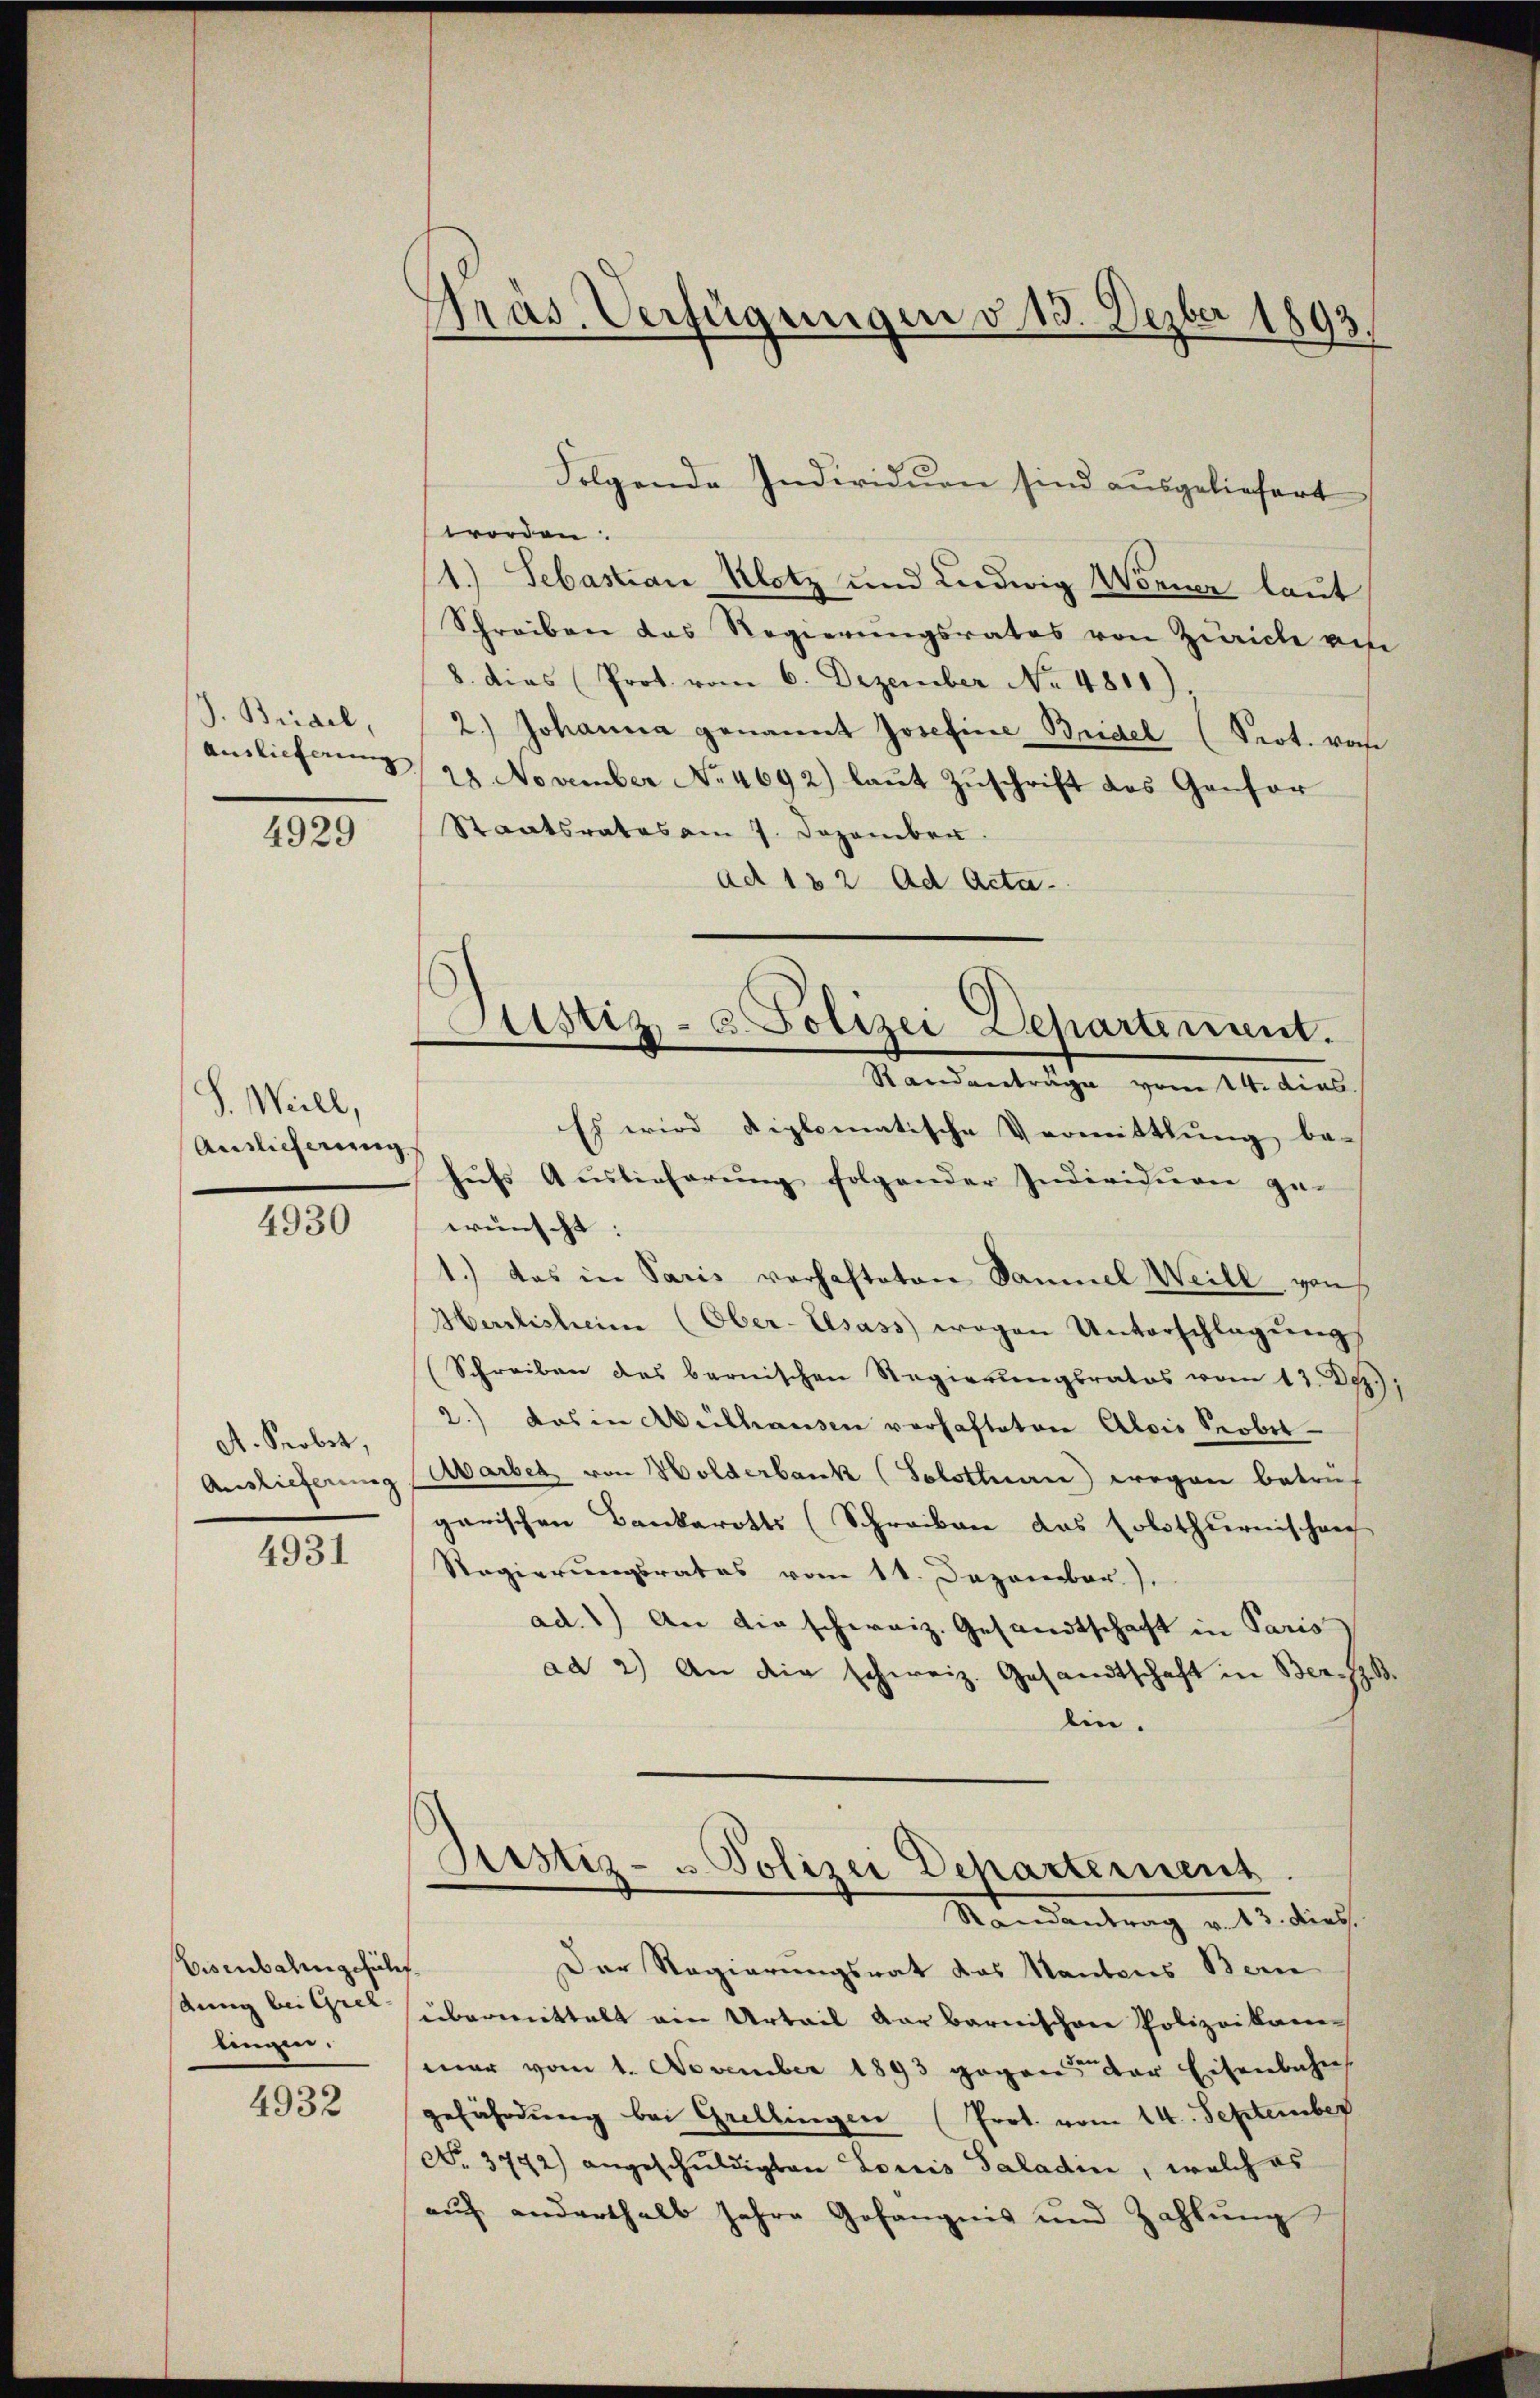
J. Bridel,

4929

S. Weill,
Auslieferung
4930

At. Probet,
Auslieferung

4931

Bisenbahngefüh
stung bei Grel
lingen.

4932

Präs. Verfügungen v. 13. Dezber 1893.

Folgende Individuen sind ausgeliefert
worden.
1.) Sebastian Klotz und Ludwig Wonner laut
Schreiben das Regierungsrates von Zürich von
8. dies Prot. vom 6. Dezember No. 4811),
2.) Johanna genannt Josefine Bridel (Prot. von
amlicherung 21 November No. 4692) laut Zuschrift des Gonsor
Staatsrates am 7. Dezember.
ad 182 Ad Acta
Es wird diplomatische Vermittlung be-
hufs Auslieferung folgender Individuen ge-
wünscht:
1.) Das in Paris verhafteten Samuel Weile von
Herzlisticien (Ober-Elsass wegen Unterschlagung,
Schreiben des bernischen Regierŭngsrates vom 13. Dez.),
2.) Das in Mülhausen verhafteten Alois Sobet
Aarbet von Holderbank (Solothuen) wegen betref-
garischen Bankarotts (Schreiben das Colothurnischen
Regierungsrates vom 11. Dezember.),
ad.) An die schweiz. Gesandtschaft in Paris
ad 2.) An die schweiz. Gesandtschaft in Bern z. B.
lin.
Justiz- & Polizei Departement
Mandantrag v. 15. diese
Der Regierungsrat das Nantens Bern
übermittelt ein Urteil darbarnischen Polizeikame
mar vom 1. November 1893 gegen der Eisenbahn
gefährdung bei Grellingen (Prot. vom 14. September
No. 3772) angeschuldigten Louis Saladin, welch es
auf anderthalb Jahre Gefängnis und Zahlung

Justiz- u. Polizei Departement.
Randanträge vom 14. dies